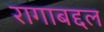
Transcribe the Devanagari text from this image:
रागाबद्दल